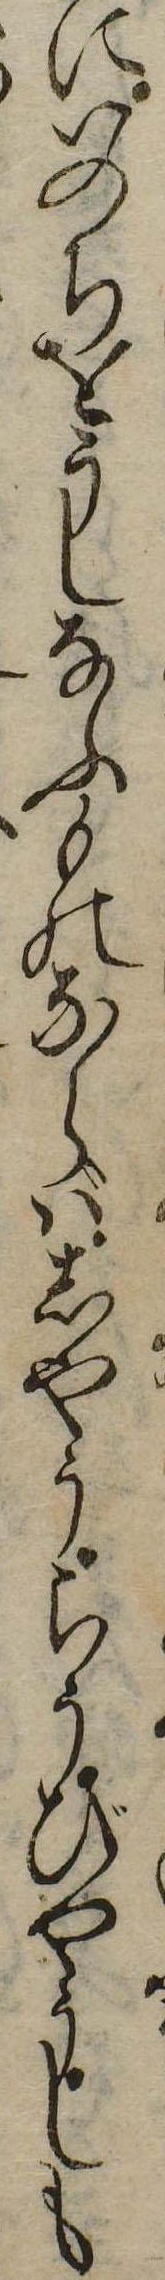
にいのちをうしなふものならばしやうらうびやうしも